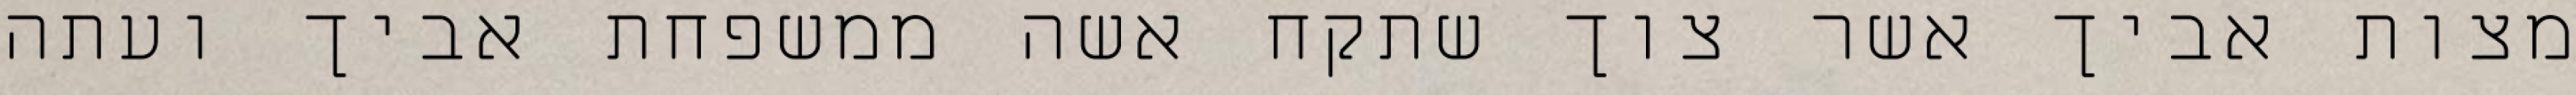
מצות אביך אשר צוך שתקח אשה ממשפחת אביך ועתה